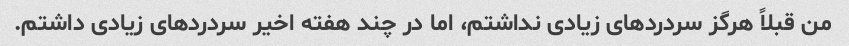
من قبلاً هرگز سردردهای زیادی نداشتم، اما در چند هفته اخیر سردردهای زیادی داشتم.